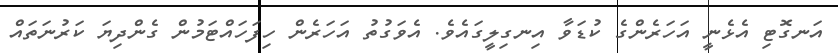
އަނގޮޓި އެޅެނީ އަހަރެންގެ ކުޑަވާ އިނގިލީގައެވެ. އެވަގުތު އަހަރެން ހިފަހައްޓަމުން ގެންދިޔަ ކަރުނަތައް